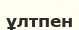
ұлтпен